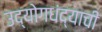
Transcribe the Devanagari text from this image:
उद्योगधंद्याची